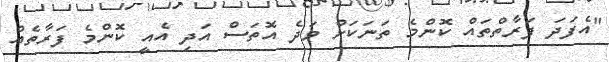
"އެފަދަ ފަރާތްތައް ކޮންމެ ތަނަކަށް ވަދެ އޮތަސް އަދި އެއީ ކޮންމެ ފަރާތެއް